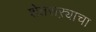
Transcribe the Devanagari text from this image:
शेतसऱ्याचा